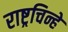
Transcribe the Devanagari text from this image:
राष्ट्रचिन्हे